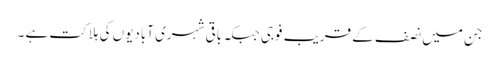
جن میں نصف کے قریب فوجی جبکہ باقی شہری آبادیوں کی ہلاکت ہے ۔